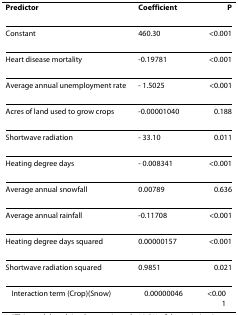
<table><thead><tr><td><b>Predictor</b></td><td><b>Coefficient</b></td><td><b>P</b></td></tr></thead><tbody><tr><td>Constant</td><td>460.30</td><td>&lt;0.001</td></tr><tr><td>Heart disease mortality</td><td>-0.19781</td><td>&lt;0.001</td></tr><tr><td>Average annual unemployment rate</td><td>- 1.5025</td><td>&lt;0.001</td></tr><tr><td>Acres of land used to grow crops</td><td>-0.00001040</td><td>0.188</td></tr><tr><td>Shortwave radiation</td><td>- 33.10</td><td>0.011</td></tr><tr><td>Heating degree days</td><td>- 0.008341</td><td>&lt;0.001</td></tr><tr><td>Average annual snowfall</td><td>0.00789</td><td>0.636</td></tr><tr><td>Average annual rainfall</td><td>-0.11708</td><td>&lt;0.001</td></tr><tr><td>Heating degree days squared</td><td>0.00000157</td><td>&lt;0.001</td></tr><tr><td>Shortwave radiation squared</td><td>0.9851</td><td>0.021</td></tr><tr><td>Interaction term (Crop)(Snow)</td><td>0.00000046</td><td>&lt;0.001</td></tr></tbody></table>